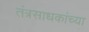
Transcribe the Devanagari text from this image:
तंत्रसाधकांच्या